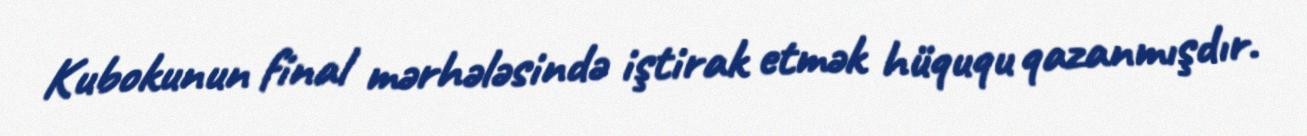
Kubokunun final mərhələsində iştirak etmək hüququ qazanmışdır.